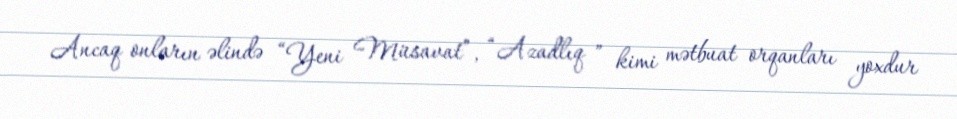
Ancaq onların əlində “Yeni Müsavat”, “Azadlıq ” kimi mətbuat orqanları yoxdur